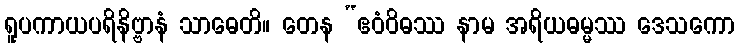
ရူပကာယပရိနိဗ္ဗာနံ သာဓေတိ။ တေန “ဧဝံဝိဓဿ နာမ အရိယဓမ္မဿ ဒေသကော